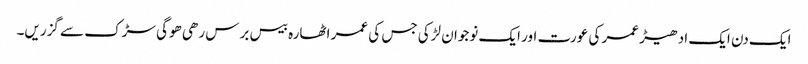
ایک دن ایک ادھیڑ عمر کی عورت اور ایک نوجوان لڑکی جس کی عمر اٹھارہ بیس برس رھی ھوگی سڑک سے گزریں۔